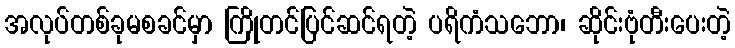
အလုပ်တစ်ခုမစခင်မှာ ကြိုတင်ပြင်ဆင်ရတဲ့ ပရိကံသဘော၊ ဆိုင်းဗုံတီးပေးတဲ့